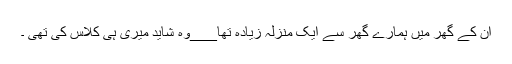
ان کے گھر میں ہمارے گھر سے ایک منزلہ زیادہ تھا___وہ شاید میری ہی کلاس کی تھی ۔